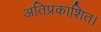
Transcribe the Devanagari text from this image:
अतिप्रकाशित।